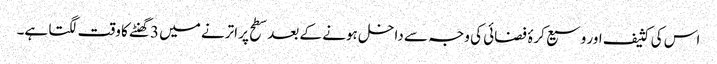
اس کی کثیف اور وسیع کرۂ فضائی کی وجہ سے داخل ہونے کے بعد سطح پر اترنے میں 3گھنٹے کا وقت لگتا ہے۔